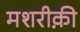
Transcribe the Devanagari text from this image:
मशरीक़ी